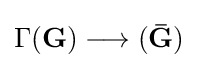
\Gamma ({\boldsymbol {\mathbf {G} }})\longrightarrow ({\boldsymbol {\mathbf {\bar {G}} }})